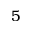
5